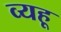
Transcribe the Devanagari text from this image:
व्यहू